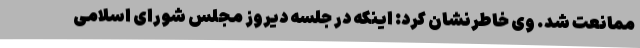
ممانعت شد. وی خاطرنشان کرد: اینکه در جلسه دیروز مجلس شورای اسلامی